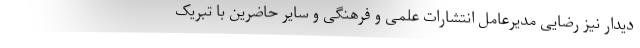
دیدار نیز رضایی مدیرعامل انتشارات علمی و فرهنگی و سایر حاضرین با تبریک